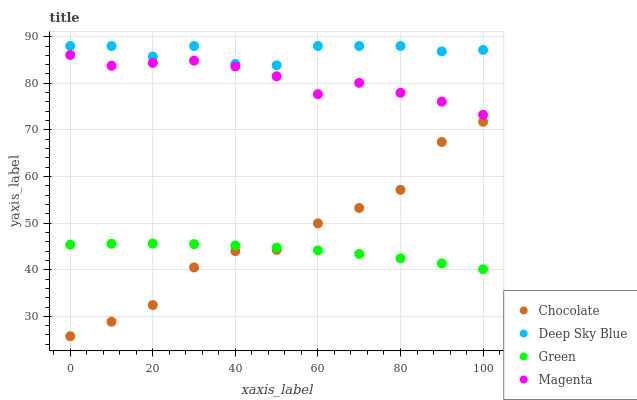
| xaxis_label | Chocolate | Deep Sky Blue | Green | Magenta |
 | --- | --- | --- | --- | --- |
 | 0 | 25.7 | 88 | 45.4 | 86.1 |
 | 10 | 28.9 | 88 | 45.6 | 83.8 |
 | 20 | 32.4 | 85.7 | 45.6 | 84.4 |
 | 30 | 40.5 | 88 | 45.5 | 84.9 |
 | 40 | 44 | 84.2 | 45.2 | 83.6 |
 | 50 | 44.3 | 83.9 | 44.8 | 81.5 |
 | 60 | 49.9 | 88 | 44.2 | 77.7 |
 | 70 | 53.3 | 88 | 43.4 | 80.1 |
 | 80 | 57.1 | 88 | 42.5 | 78 |
 | 90 | 67.4 | 86.8 | 41.4 | 76.1 |
 | 100 | 71.7 | 87.2 | 40.1 | 73.2 |